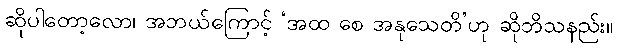
ဆိုပါတော့လော၊ အဘယ်ကြောင့် ‘အထ စေ အနုသေတိ’ဟု ဆိုဘိသနည်း။